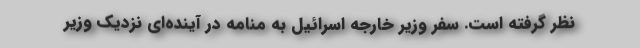
نظر گرفته است. سفر وزیر خارجه اسرائیل به منامه در آینده‌ای نزدیک وزیر